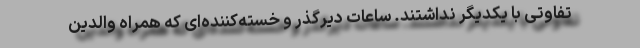
تفاوتی با یکدیگر نداشتند. ساعات دیرگذر و خسته‌کننده‌ای که همراه والدین